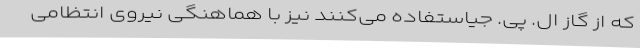
که از گاز ال. پی. جیاستفاده می‌کنند نیز با هماهنگی نیروی انتظامی